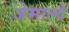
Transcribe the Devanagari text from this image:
जेमाल्दे